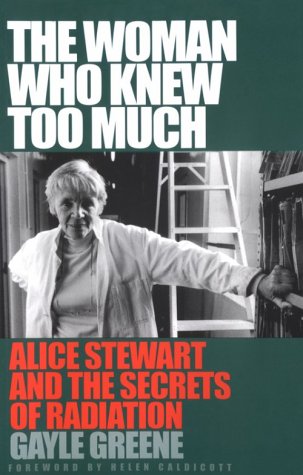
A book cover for The Woman Who Knew Too Much: Alice Stewart and the Secrets of Radiation; Gayle Greene; Science & Math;